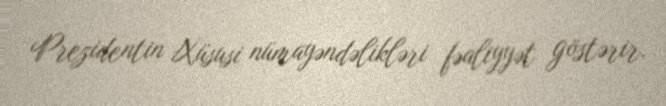
Prezidentin Xüsusi nümayəndəlikləri fəaliyyət göstərir.